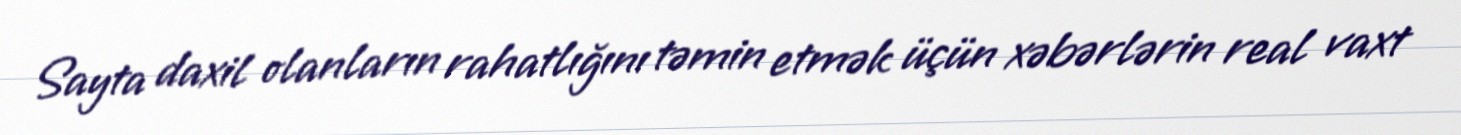
Sayta daxil olanların rahatlığını təmin etmək üçün xəbərlərin real vaxt